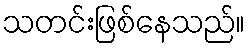
သတင်းဖြစ်နေသည်။